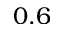
0 . 6